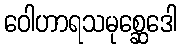
ဝေါဟာရသမုစ္ဆေဒေါ